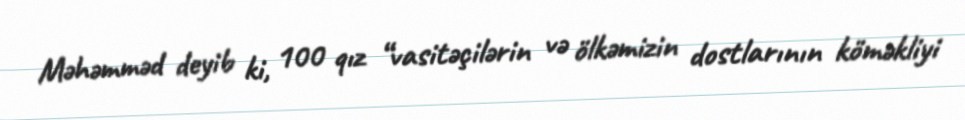
Məhəmməd deyib ki, 100 qız “vasitəçilərin və ölkəmizin dostlarının köməkliyi